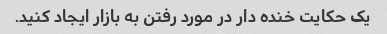
یک حکایت خنده دار در مورد رفتن به بازار ایجاد کنید.